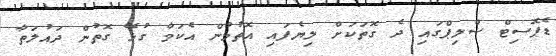
ޑެޕޮސިޓް ސްލިޕްގައި ދެ ގޮތަކަށް ލިޔެފައި އޮތުމުން އެކަމާ ގުޅޭ ގޮތުން ދައުލަތާ